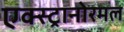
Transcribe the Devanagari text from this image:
एक्स्ट्रानोरमल